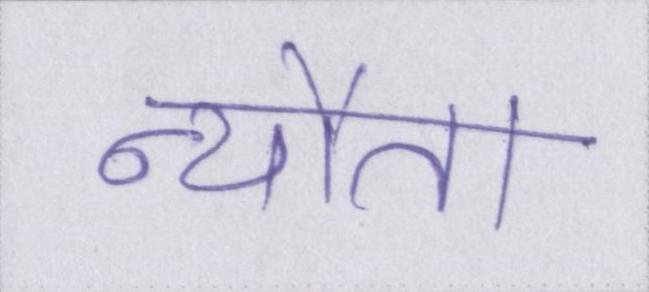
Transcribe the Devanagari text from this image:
न्यौता